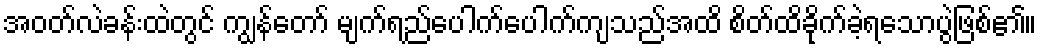
အဝတ်လဲခန်းထဲတွင် ကျွန်တော် မျက်ရည်ပေါက်ပေါက်ကျသည်အထိ စိတ်ထိခိုက်ခဲ့ရသောပွဲဖြစ်၏။